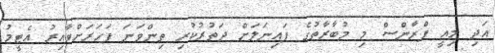
އަދި މިއީ ފްރާންސް މި މުބާރާތުގެ ފައިނަލަށް ދަތުރުކުރި ތިންވަނަ ފަހަރަށްވާއިރު އެޓީމު